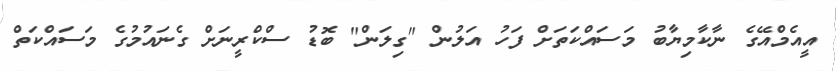
އީއެމްއޭގެ ނާކާމިޔާބު މަސައްކަތަށް ފަހު އަލުން "ގިލަން" ބޮޑު ސްކްރީނަށް ގެނައުމުގެ މަސައްކަތް